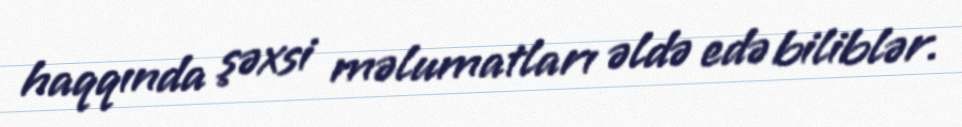
haqqında şəxsi məlumatları əldə edə biliblər.